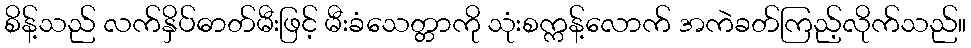
စိန့်သည် လက်နှိပ်ဓာတ်မီးဖြင့် မီးခံသေတ္တာကို သုံးစက္ကန့်လောက် အကဲခတ်ကြည့်လိုက်သည်။